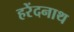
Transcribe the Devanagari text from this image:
हरेंदनाथ